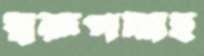
স্বরূপদাহ